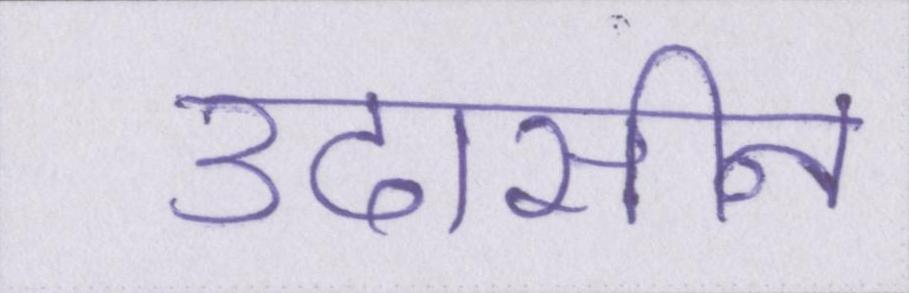
उदासीन